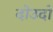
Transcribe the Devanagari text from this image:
दोउदो